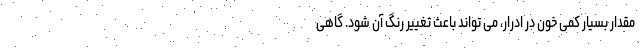
مقدار بسیار کمی خون در ادرار، می تواند باعث تغییر رنگ آن شود. گاهی